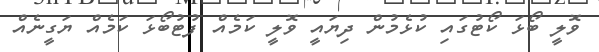
ވޮލީ ބޯޅަ ކޯޓުގައި ކުޅެމުން ދިޔައީ ވޮލީ ކަމެއް ފުޓުބޯޅަ ކަމެއް ޔަގީނެއް